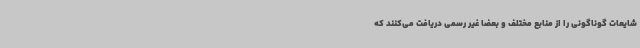
شایعات گوناگونی را از منابع مختلف و بعضا غیر رسمی دریافت می‌کنند که